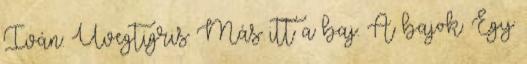
Iván: Üvegtigris Más itt a baj. A bajok. Egy